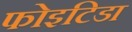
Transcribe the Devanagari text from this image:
फोइटिडा